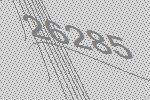
26285